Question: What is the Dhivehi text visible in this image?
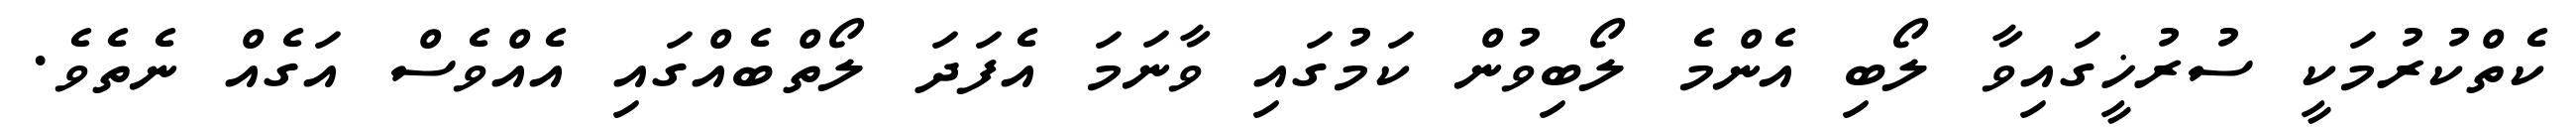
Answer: ކެތްކުރުމަކީ ސުރުޚީގައިވާ ލޯބި އެންމެ ލޯބިވުން ކަމުގައި ވާނަމަ އެފަދަ ލޯތްބެއްގައި އެއްވެސް އަގެއް ނެތެވެ.